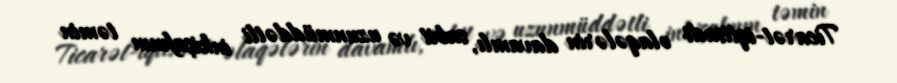
Ticarət-iqtisadi əlaqələrin davamlı, sabit və uzunmüddətli inkişafının təmin